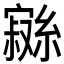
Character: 𱚖